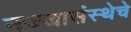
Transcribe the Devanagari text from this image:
मज्जासंस्थेचे